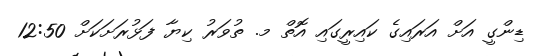
ޑިންގީ އަށް އަރައިގެ ކައިރީގައި އޮތް މ. ތުވަރު ކިޔާ ފަޅުރަށަކަށް 12:50